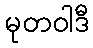
မုတဝါဒီ